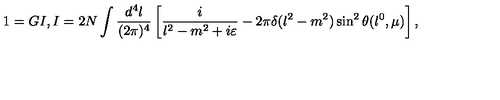
1 = G I , I = 2 N \int \frac { d ^ { 4 } l } { ( 2 \pi ) ^ { 4 } } \left[ \frac { i } { l ^ { 2 } - m ^ { 2 } + i \varepsilon } - 2 \pi \delta ( l ^ { 2 } - m ^ { 2 } ) \sin ^ { 2 } \theta ( l ^ { 0 } , \mu ) \right] ,